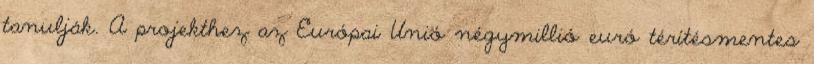
tanulják. A projekthez az Európai Unió négymillió euró térítésmentes